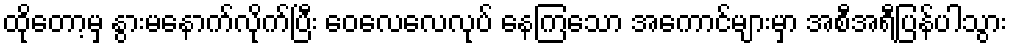
ထိုတော့မှ နွားမနောက်လိုက်ပြီး ဝေလေလေလုပ် နေကြသော အကောင်များမှာ အစီအရီပြန်ပါသွား